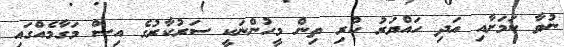
ނުވާ ކަމަށާއި އަދި ހައްޔަރު ކުރި ތިން މީހުންނަކީ ސަރުކާރުގެ އިސް މަގާމެއްގައި